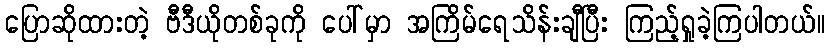
ပြောဆိုထားတဲ့ ဗီဒီယိုတစ်ခုကို ပေါ်မှာ အကြိမ်ရေသိန်းချီပြီး ကြည့်ရှုခဲ့ကြပါတယ်။